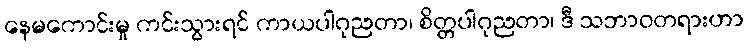
နေမကောင်းမှု ကင်းသွားရင် ကာယပါဂုညတာ၊ စိတ္တပါဂုညတာ၊ ဒီ သဘာဝတရားဟာ